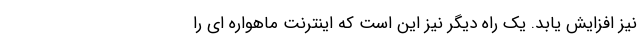
نیز افزایش یابد. یک راه دیگر نیز این است که اینترنت ماهواره ای را